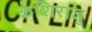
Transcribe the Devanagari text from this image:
केशिराजु